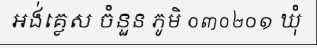
អង់គ្លេស ចំនួន ភូមិ ០៣០២០១ ឃុំ